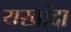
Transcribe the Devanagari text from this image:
यखांदा